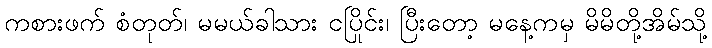
ကစားဖက် စံတုတ်၊ မမယ်ခါသား ငပြိုင်း၊ ပြီးတော့ မနေ့ကမှ မိမိတို့အိမ်သို့